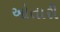
ઓતારી